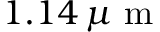
1 . 1 4 \, \mu \mathrm { ~ m ~ }